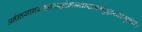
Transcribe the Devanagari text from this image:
अनंन्तसागरमहासमुद्रेमग्नान्समभ्युद्धरवासुदेव।